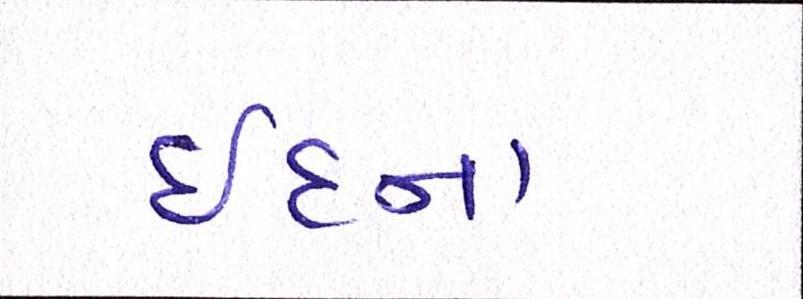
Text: ઈદના